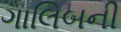
ગાલિબની